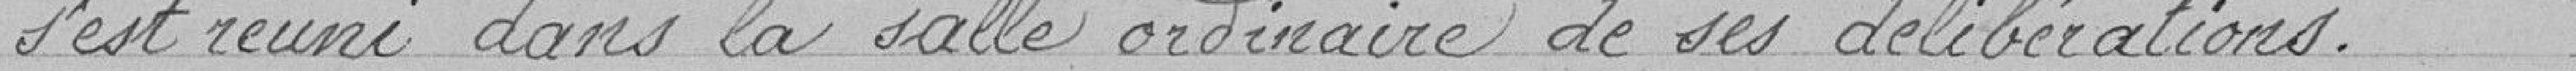
s'est réuni dans la salle ordinaire de ses délibérations